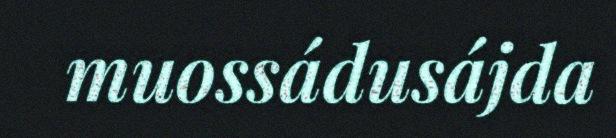
muossádusájda